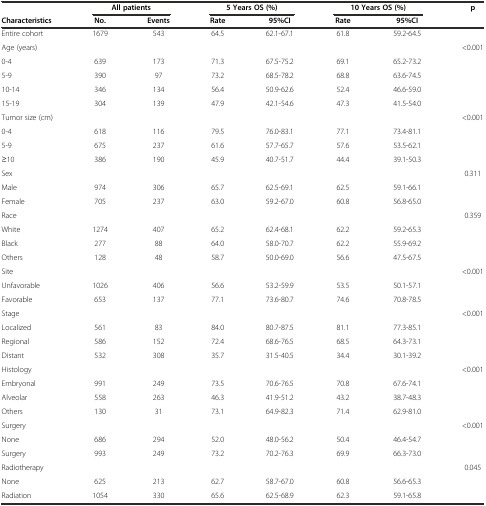
<table><thead><tr><td></td><td colspan="2"><b>All patients</b></td><td colspan="2"><b>5 Years OS (%)</b></td><td colspan="2"><b>10 Years OS (%)</b></td><td rowspan="2"><b>p</b></td></tr><tr><td><b>Characteristics</b></td><td><b>No.</b></td><td><b>Events</b></td><td><b>Rate</b></td><td><b>95%CI</b></td><td><b>Rate</b></td><td><b>95%CI</b></td></tr></thead><tbody><tr><td>Entire cohort</td><td>1679</td><td>543</td><td>64.5</td><td>62.1-67.1</td><td>61.8</td><td>59.2-64.5</td><td></td></tr><tr><td>Age (years)</td><td></td><td></td><td></td><td></td><td></td><td></td><td>&lt;0.001</td></tr><tr><td>0-4</td><td>639</td><td>173</td><td>71.3</td><td>67.5-75.2</td><td>69.1</td><td>65.2-73.2</td><td></td></tr><tr><td>5-9</td><td>390</td><td>97</td><td>73.2</td><td>68.5-78.2</td><td>68.8</td><td>63.6-74.5</td><td></td></tr><tr><td>10-14</td><td>346</td><td>134</td><td>56.4</td><td>50.9-62.6</td><td>52.4</td><td>46.6-59.0</td><td></td></tr><tr><td>15-19</td><td>304</td><td>139</td><td>47.9</td><td>42.1-54.6</td><td>47.3</td><td>41.5-54.0</td><td></td></tr><tr><td>Tumor size (cm)</td><td></td><td></td><td></td><td></td><td></td><td></td><td>&lt;0.001</td></tr><tr><td>0-4</td><td>618</td><td>116</td><td>79.5</td><td>76.0-83.1</td><td>77.1</td><td>73.4-81.1</td><td></td></tr><tr><td>5-9</td><td>675</td><td>237</td><td>61.6</td><td>57.7-65.7</td><td>57.6</td><td>53.5-62.1</td><td></td></tr><tr><td>≥10</td><td>386</td><td>190</td><td>45.9</td><td>40.7-51.7</td><td>44.4</td><td>39.1-50.3</td><td></td></tr><tr><td>Sex</td><td></td><td></td><td></td><td></td><td></td><td></td><td>0.311</td></tr><tr><td>Male</td><td>974</td><td>306</td><td>65.7</td><td>62.5-69.1</td><td>62.5</td><td>59.1-66.1</td><td></td></tr><tr><td>Female</td><td>705</td><td>237</td><td>63.0</td><td>59.2-67.0</td><td>60.8</td><td>56.8-65.0</td><td></td></tr><tr><td>Race</td><td></td><td></td><td></td><td></td><td></td><td></td><td>0.359</td></tr><tr><td>White</td><td>1274</td><td>407</td><td>65.2</td><td>62.4-68.1</td><td>62.2</td><td>59.2-65.3</td><td></td></tr><tr><td>Black</td><td>277</td><td>88</td><td>64.0</td><td>58.0-70.7</td><td>62.2</td><td>55.9-69.2</td><td></td></tr><tr><td>Others</td><td>128</td><td>48</td><td>58.7</td><td>50.0-69.0</td><td>56.6</td><td>47.5-67.5</td><td></td></tr><tr><td>Site</td><td></td><td></td><td></td><td></td><td></td><td></td><td>&lt;0.001</td></tr><tr><td>Unfavorable</td><td>1026</td><td>406</td><td>56.6</td><td>53.2-59.9</td><td>53.5</td><td>50.1-57.1</td><td></td></tr><tr><td>Favorable</td><td>653</td><td>137</td><td>77.1</td><td>73.6-80.7</td><td>74.6</td><td>70.8-78.5</td><td></td></tr><tr><td>Stage</td><td></td><td></td><td></td><td></td><td></td><td></td><td>&lt;0.001</td></tr><tr><td>Localized</td><td>561</td><td>83</td><td>84.0</td><td>80.7-87.5</td><td>81.1</td><td>77.3-85.1</td><td></td></tr><tr><td>Regional</td><td>586</td><td>152</td><td>72.4</td><td>68.6-76.5</td><td>68.5</td><td>64.3-73.1</td><td></td></tr><tr><td>Distant</td><td>532</td><td>308</td><td>35.7</td><td>31.5-40.5</td><td>34.4</td><td>30.1-39.2</td><td></td></tr><tr><td>Histology</td><td></td><td></td><td></td><td></td><td></td><td></td><td>&lt;0.001</td></tr><tr><td>Embryonal</td><td>991</td><td>249</td><td>73.5</td><td>70.6-76.5</td><td>70.8</td><td>67.6-74.1</td><td></td></tr><tr><td>Alveolar</td><td>558</td><td>263</td><td>46.3</td><td>41.9-51.2</td><td>43.2</td><td>38.7-48.3</td><td></td></tr><tr><td>Others</td><td>130</td><td>31</td><td>73.1</td><td>64.9-82.3</td><td>71.4</td><td>62.9-81.0</td><td></td></tr><tr><td>Surgery</td><td></td><td></td><td></td><td></td><td></td><td></td><td>&lt;0.001</td></tr><tr><td>None</td><td>686</td><td>294</td><td>52.0</td><td>48.0-56.2</td><td>50.4</td><td>46.4-54.7</td><td></td></tr><tr><td>Surgery</td><td>993</td><td>249</td><td>73.2</td><td>70.2-76.3</td><td>69.9</td><td>66.3-73.0</td><td></td></tr><tr><td>Radiotherapy</td><td></td><td></td><td></td><td></td><td></td><td></td><td>0.045</td></tr><tr><td>None</td><td>625</td><td>213</td><td>62.7</td><td>58.7-67.0</td><td>60.8</td><td>56.6-65.3</td><td></td></tr><tr><td>Radiation</td><td>1054</td><td>330</td><td>65.6</td><td>62.5-68.9</td><td>62.3</td><td>59.1-65.8</td><td></td></tr></tbody></table>